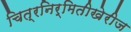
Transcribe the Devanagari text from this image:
चित्रनिर्मितीखेरीज